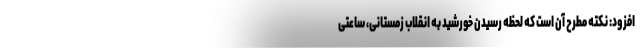
افزود: نکته مطرح آن است که لحظه رسیدن خورشید به انقلاب زمستانی، ساعتی